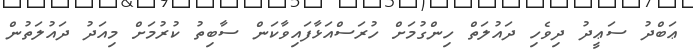
ޢަބްދު ސަޢީދު ދިވެހި ދައުލަތް ހިންގުމަށް ހުރަސްއަޅާފައިވާކަން ސާބިތު ކުރުމަށް މިއަދު ދައުލަތުން